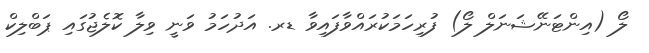
ލޯ (އިންޓަނޭޝަނަލް ލޯ) ފުރިހަމަކުރައްވާފައިވާ ޑރ. އަދުހަމު ވަނީ ވިލާ ކޮލެޖުގައި ޕަބްލިކް